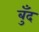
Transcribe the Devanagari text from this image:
बुँद